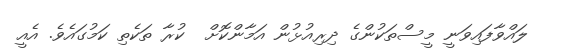
ލައްވާފައިވަނީ މީސްތަކުންގެ ދިރިއުޅުން އަމާންކޮށް  ކުރާ ތަކެތި ކަމުގައެވެ. އެއީ